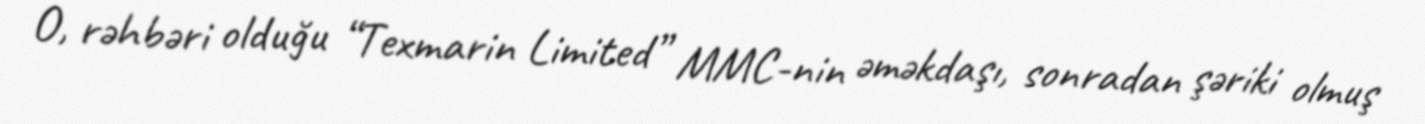
O, rəhbəri olduğu “Texmarin Limited” MMC-nin əməkdaşı, sonradan şəriki olmuş